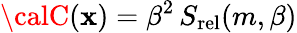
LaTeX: {\calC}(\mathbf{x})=\beta^{2}\, S_{\mathrm{{rel}}}(m,\beta)